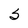
Character: S